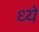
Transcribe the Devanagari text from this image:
ध्ये